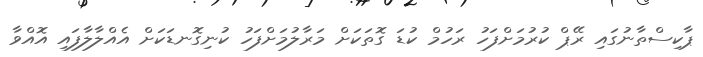
ޕާކިސްތާނުގައި ރޭޕް ކުރުމަށްފަހު ރަހުމް ކުޑަ ގޮތަކަށް މަރާލުމަށްފަހު ކުނިގޮނޑަކަށް އެއްލާލާފައި އޮއްވާ